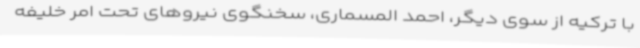
با ترکیه از سوی دیگر، احمد المسماری، سخنگوی نیروهای تحت امر خلیفه